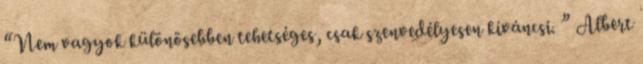
“Nem vagyok különösebben tehetséges, csak szenvedélyesen kíváncsi. ” Albert